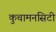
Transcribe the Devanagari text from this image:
कुचामनसिटी